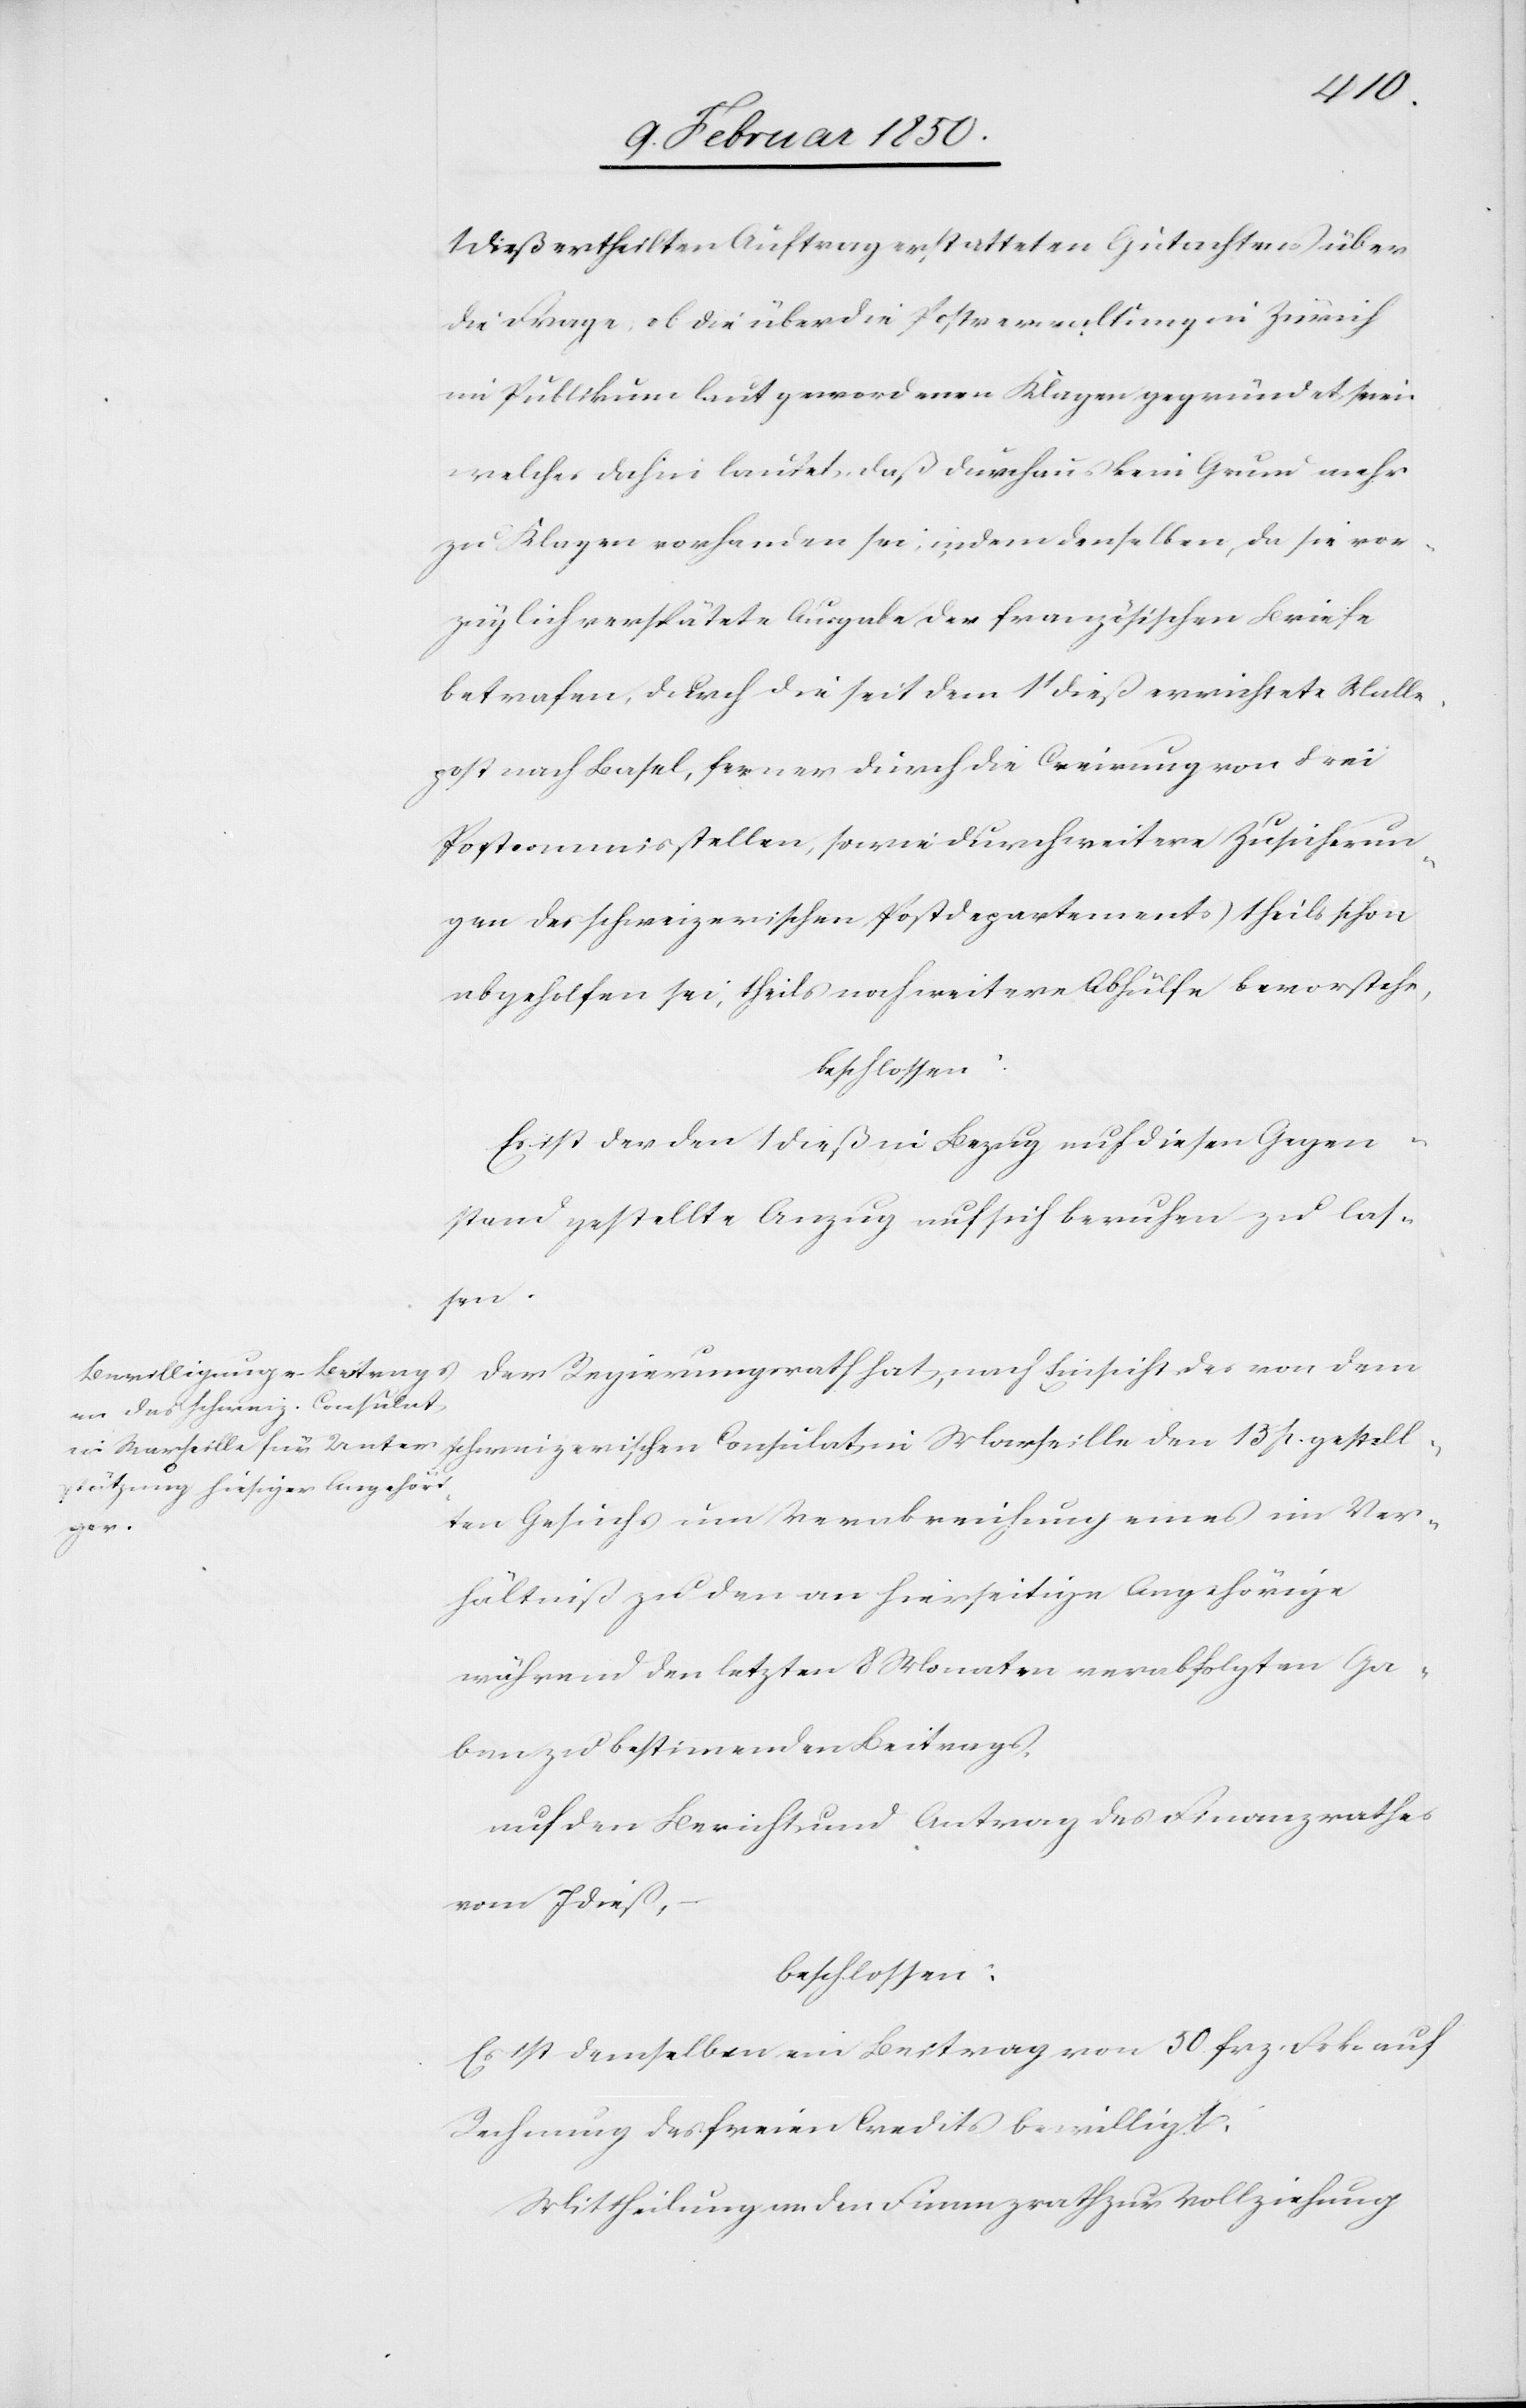
1 dieß ertheilten Auftrag erstatteten Gutachtens über
die Frage, ob die über die Postverwaltung in Zürich
im Publikum laut gewordenen Klagen gegründet seien,
welches dahin lautet, daß durchaus kein Grund mehr
zu Klagen vorhanden sei, indem denselben, da sie vor¬
züglich verspätete Ausgabe der französischen Briefe
betrafen, durch die seit dem 1t dieß errichtete Malle¬
post nach Basel, ferner durch die Creirung von drei
Postcommisstellen, sowie durch weitere Zusicherun¬
gen des schweizerischen Postdepartements theils schon
abgeholfen sei, theils noch weitere Abhülfe bevorstehe,
beschlossen:
Es ist der den 1 dieß in Bezug auf diesen Gegen¬
stand gestellte Anzug auf sich beruhen zu las¬
sen.
Der Regierungsrath hat, nach Einsicht des von dem
schweizerischen Consulat in Marseille den 13 p. gestell¬
ten Gesuchs um Verabreichung eines im Ver¬
hältniß zu den an hierseitige Angehörige
während den letzten 8 Monaten verabfolgten Ga¬
ben zu bestimmenden Beitrags,
auf den Bericht und Antrag des Finanzrathes
vom 7 dieß,
beschlossen:
Es ist demselben ein Beitrag von 50 frz. Frkn auf
Rechnung des freien Credits bewilligt;
Mittheilung an den Finanzrath zur Vollziehung.